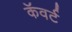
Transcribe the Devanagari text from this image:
कॅवर्ट